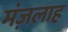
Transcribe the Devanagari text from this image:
मंज़लाह